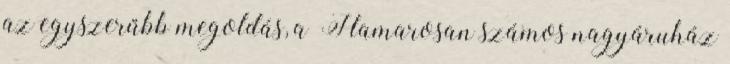
az egyszerűbb megoldás, a Hamarosan számos nagyáruház